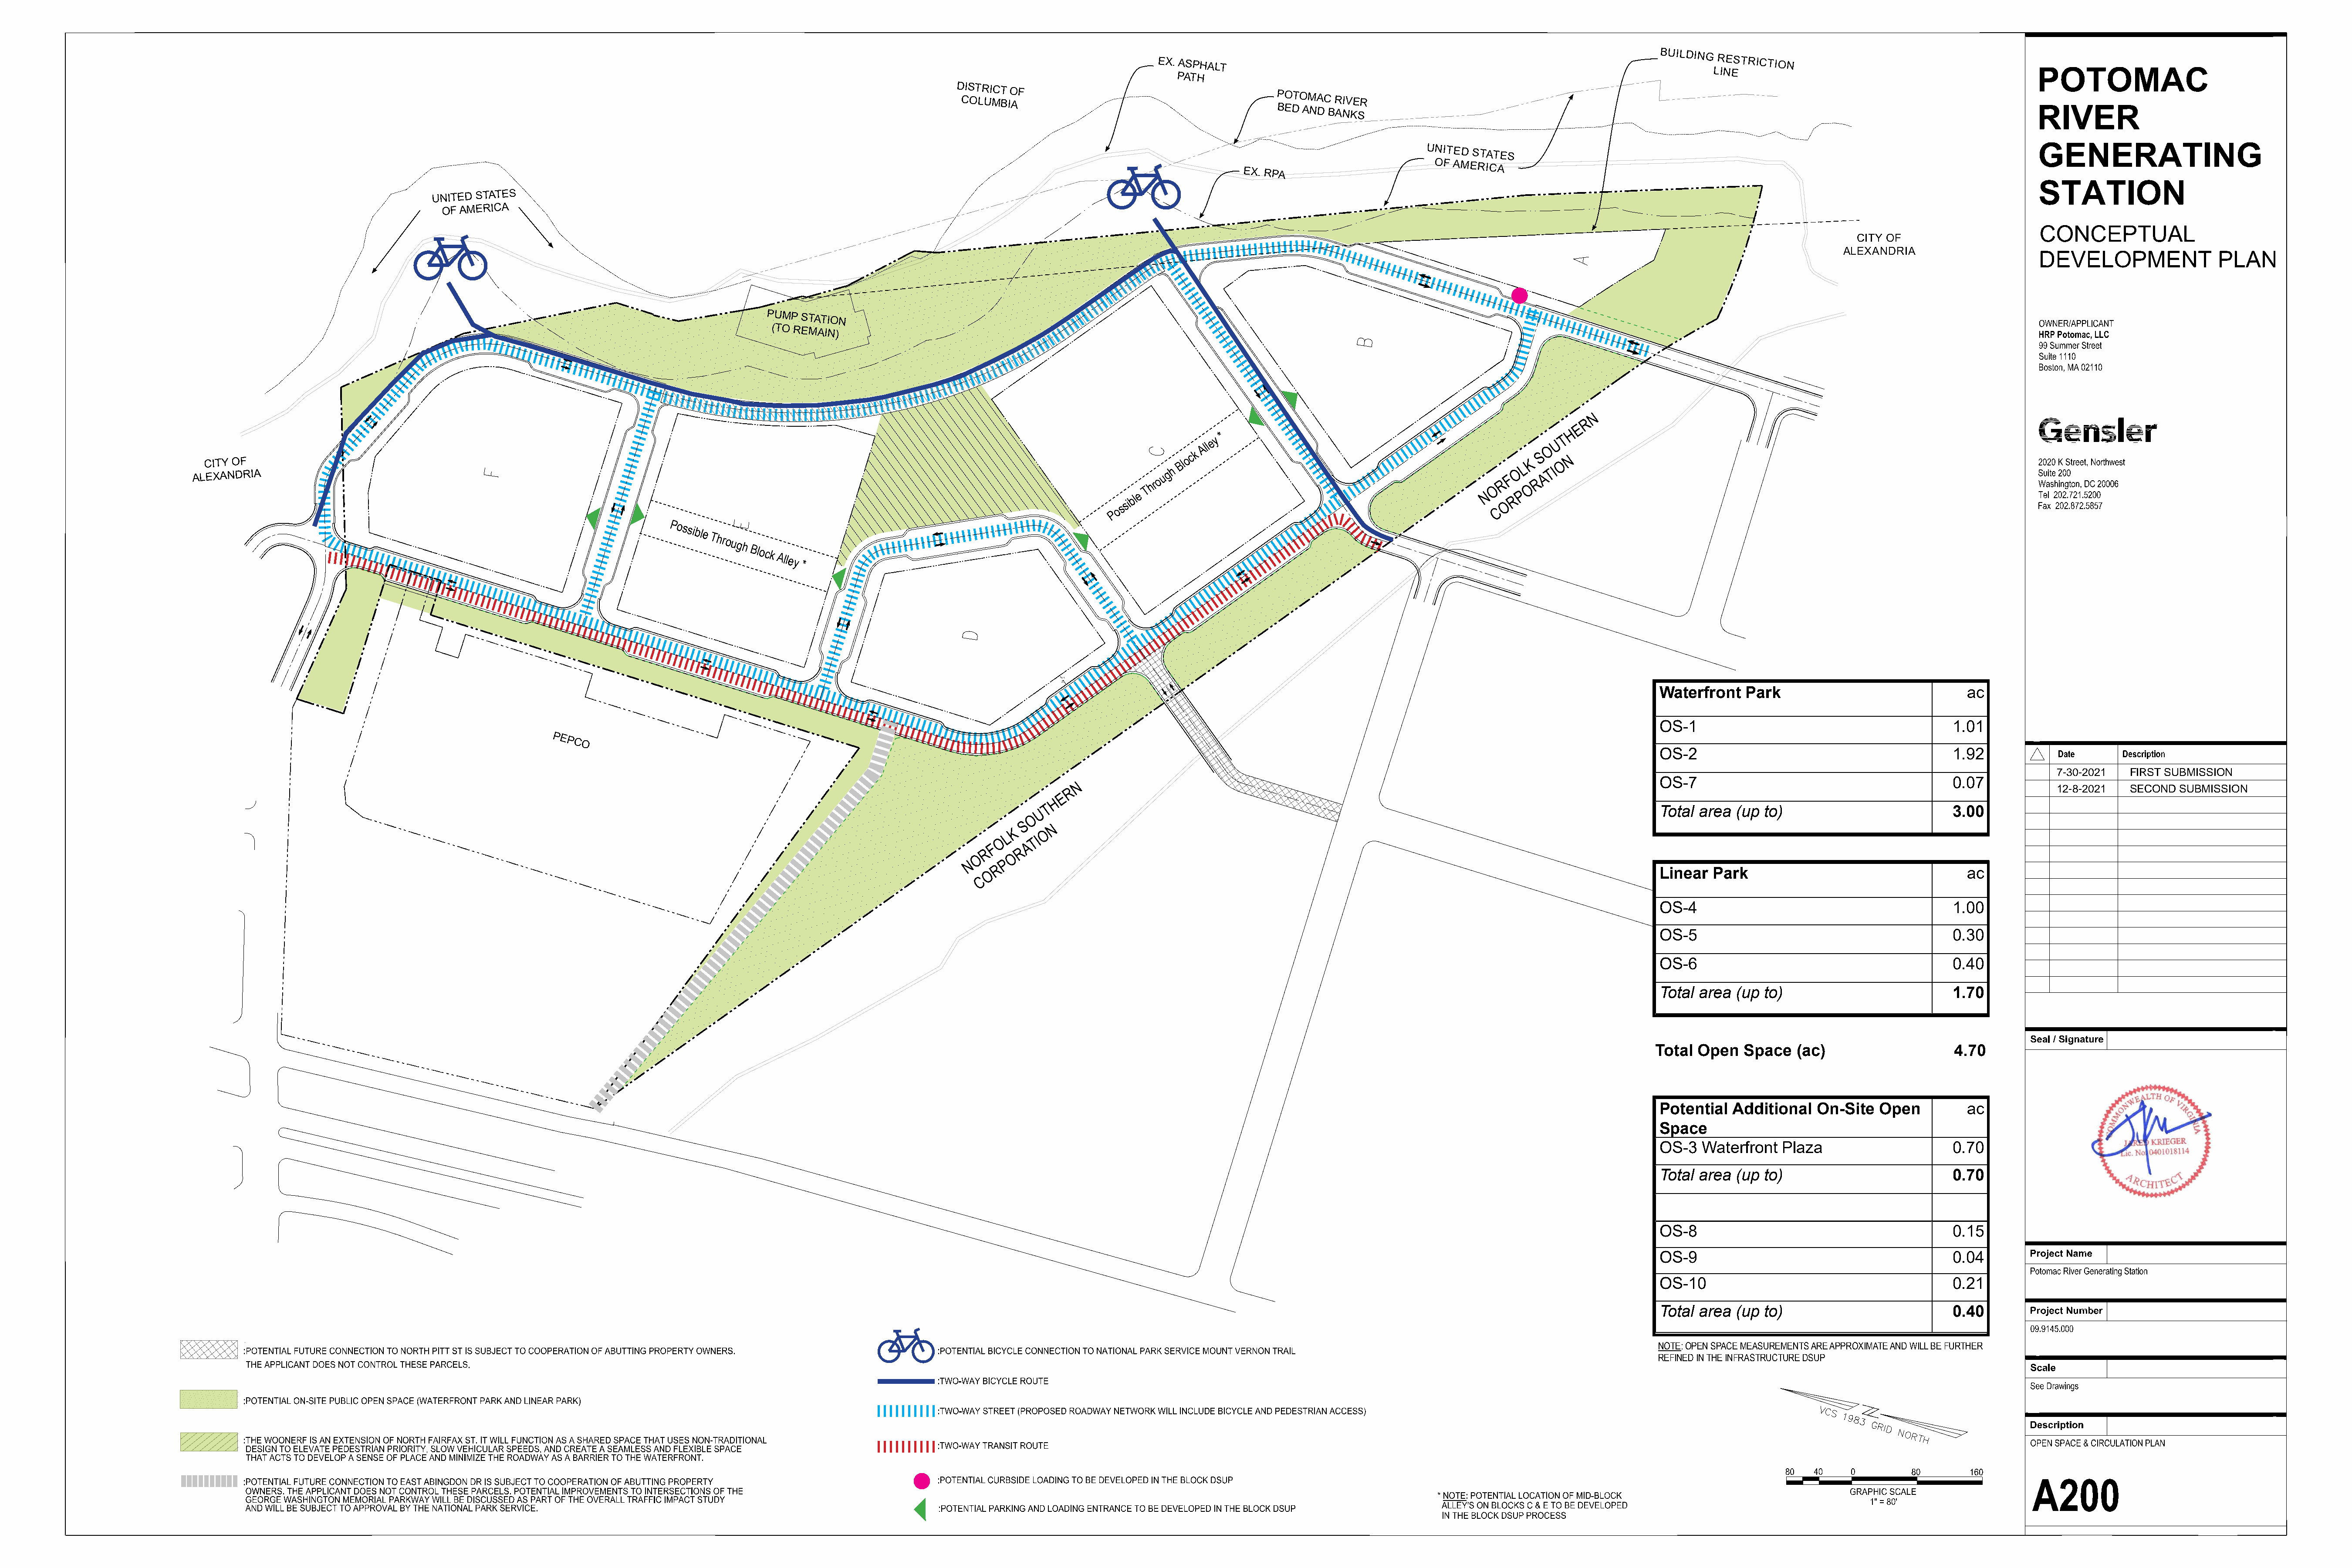
EX. ASPHALT
 BUILDING
 RESTRICTION
 LINE
 PATH
 D CIS OT LR UI MCT B IO AF                       P BO EDTO AM NA DC
 B
 R ANIV KE SR
 UNITED
 STATES
 EX. RPA
 OF AMERICA
 UNITED
 STATES
 OF
 AMERICA
 CITY OF
 ALEXANDRIA
 PUMP
 STATION
 (TO REMAIN)
 N
 R
 E
 y
 *
 T
 H
 Alle
 O
 U
 CITY OF
 Block
 K
 S
 O
 N
 ALEXANDRIA                                                                                                                                       Through
 O
 R
 F
 O L
 O
 R
 A
 TI
 e                                                    N    P
 bl                                                        R
 si                                                        O
 s
 o                                                        C
 P
 Possible
 Through
 Block
 Alley
 *
 Waterfront   Park                              ac
 OS-1                                         1.01
 PEPCO
 OS-2                                         1.92
 7-30-2021  FIRST SUBMISSION
 OS-7                                         0.07
 N
 12-8-2021  SECOND SUBMISSION
 R
 E
 H
 U T                                                                                           Total area  (up to)                          3.00
 O
 S
 K    O
 N
 O L  TI
 F    A
 R    R
 O     O
 N    P
 R
 O                                                                                                     Linear  Park                                   ac
 C
 OS-4                                         1.00
 OS-5                                         0.30
 OS-6                                         0.40
 Total area  (up to)                          1.70
 Total Open   Space   (ac)                    4.70
 Potential  Additional   On-Site   Open         ac
 Space
 OS-3   Waterfront  Plaza                     0.70
 Total area  (up to)                          0.70
 OS-8                                         0.15
 OS-9                                         0.04
 OS-10                                        0.21
 Total area  (up to)                          0.40
 NOTE: OPEN SPACE MEASUREMENTS ARE APPROXIMATE AND WILL BE FURTHER
 REFINED IN THE INFRASTRUCTURE DSUP